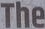
The